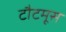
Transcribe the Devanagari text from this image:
टौटमूस